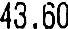
43.60